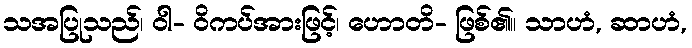
သအပြုသည်၊ ဝါ- ဝိကပ်အားဖြင့်၊ ဟောတိ- ဖြစ်၏။ သာဟံ, ဆာဟံ,